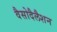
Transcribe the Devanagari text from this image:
वैसोदैलैशन